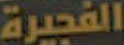
الفجيرة